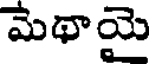
మెథాయై